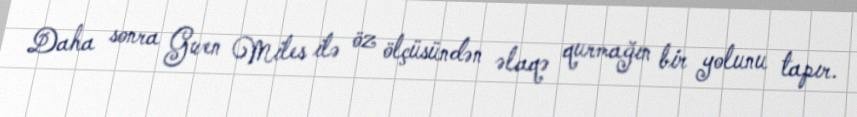
Daha sonra Gwen Miles ilə öz ölçüsündən əlaqə qurmağın bir yolunu tapır.